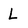
Character: L